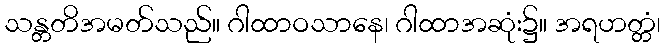
သန္တတိအမတ်သည်။ ဂါထာဝသာနေ၊ ဂါထာအဆုံး၌။ အရဟတ္တံ၊